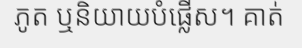
ភូត ឬនិយាយបំផ្លើស។ គាត់